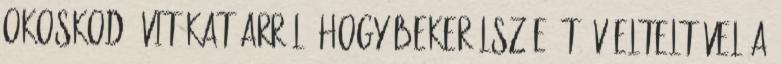
okoskodó vitákat arról, hogy bekerülsz-e öt év elteltével a